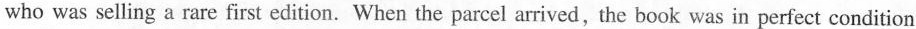
who was selling a rare first edition. When the parcel arrived, the book was in perfect condition